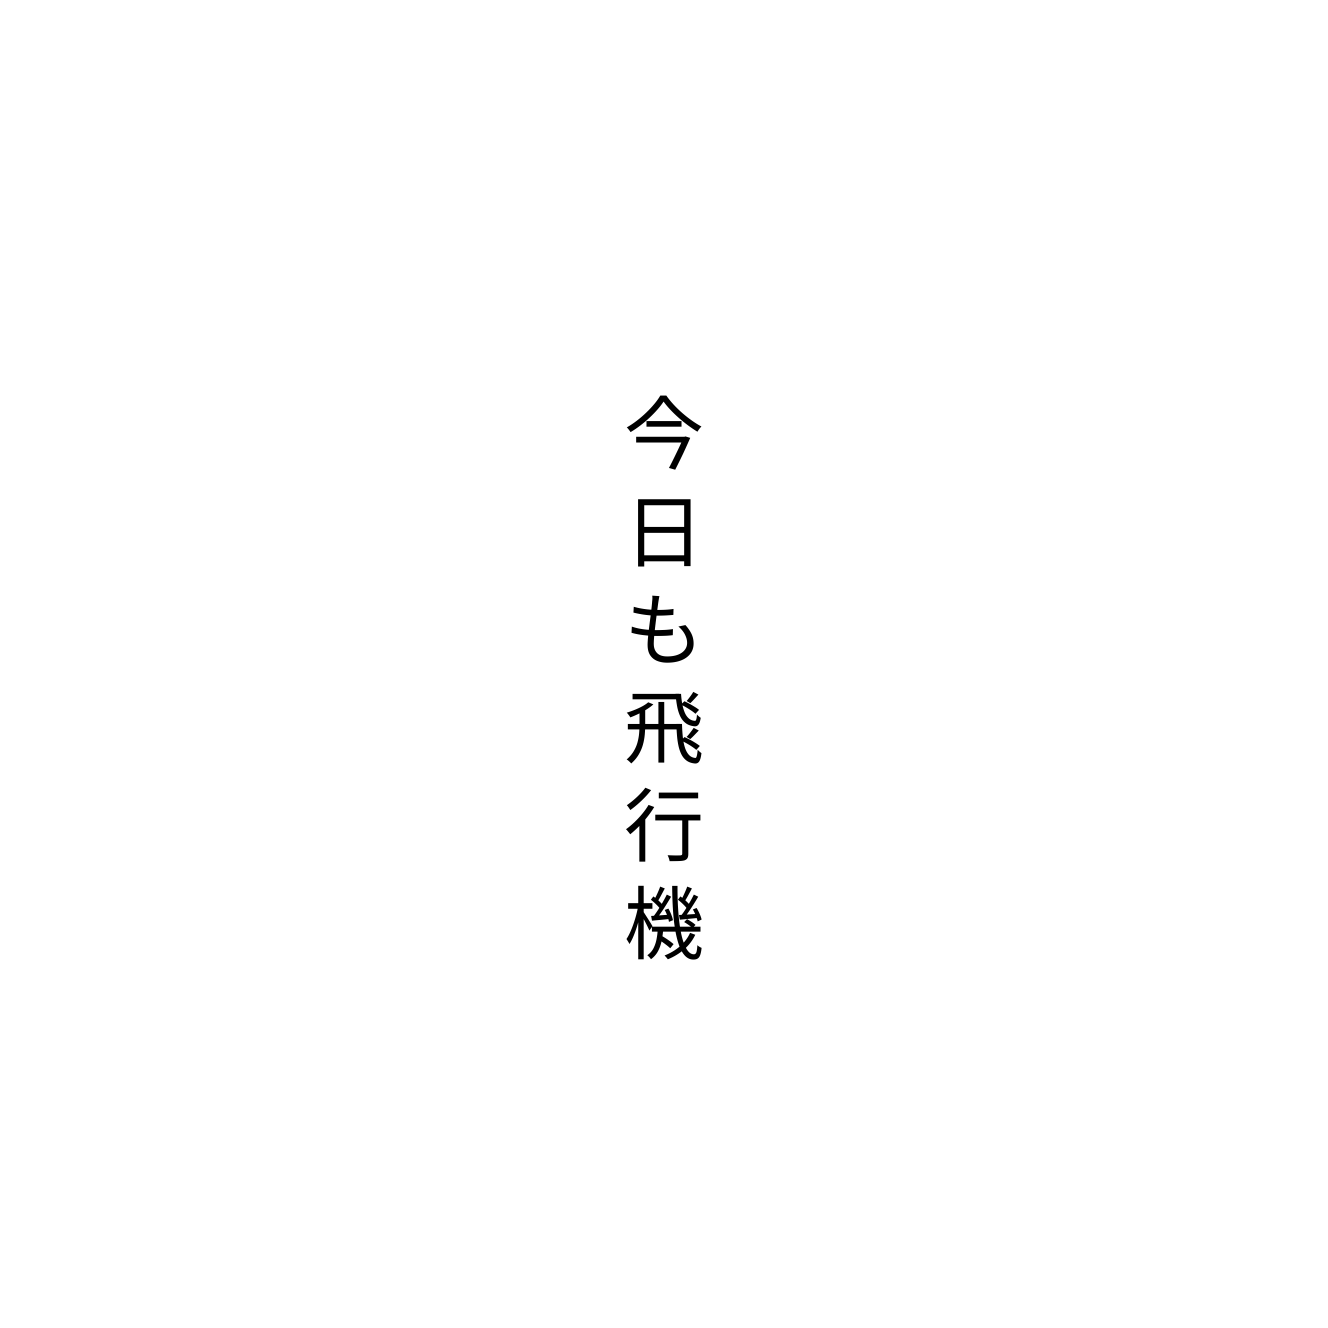
今日も飛行機